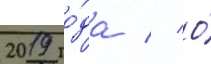
2019 го́да // О́